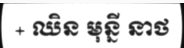
+ ឈិន មុន្នី នាថ